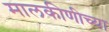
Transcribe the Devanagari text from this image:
मालकीणीच्या